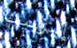
إليزابيث